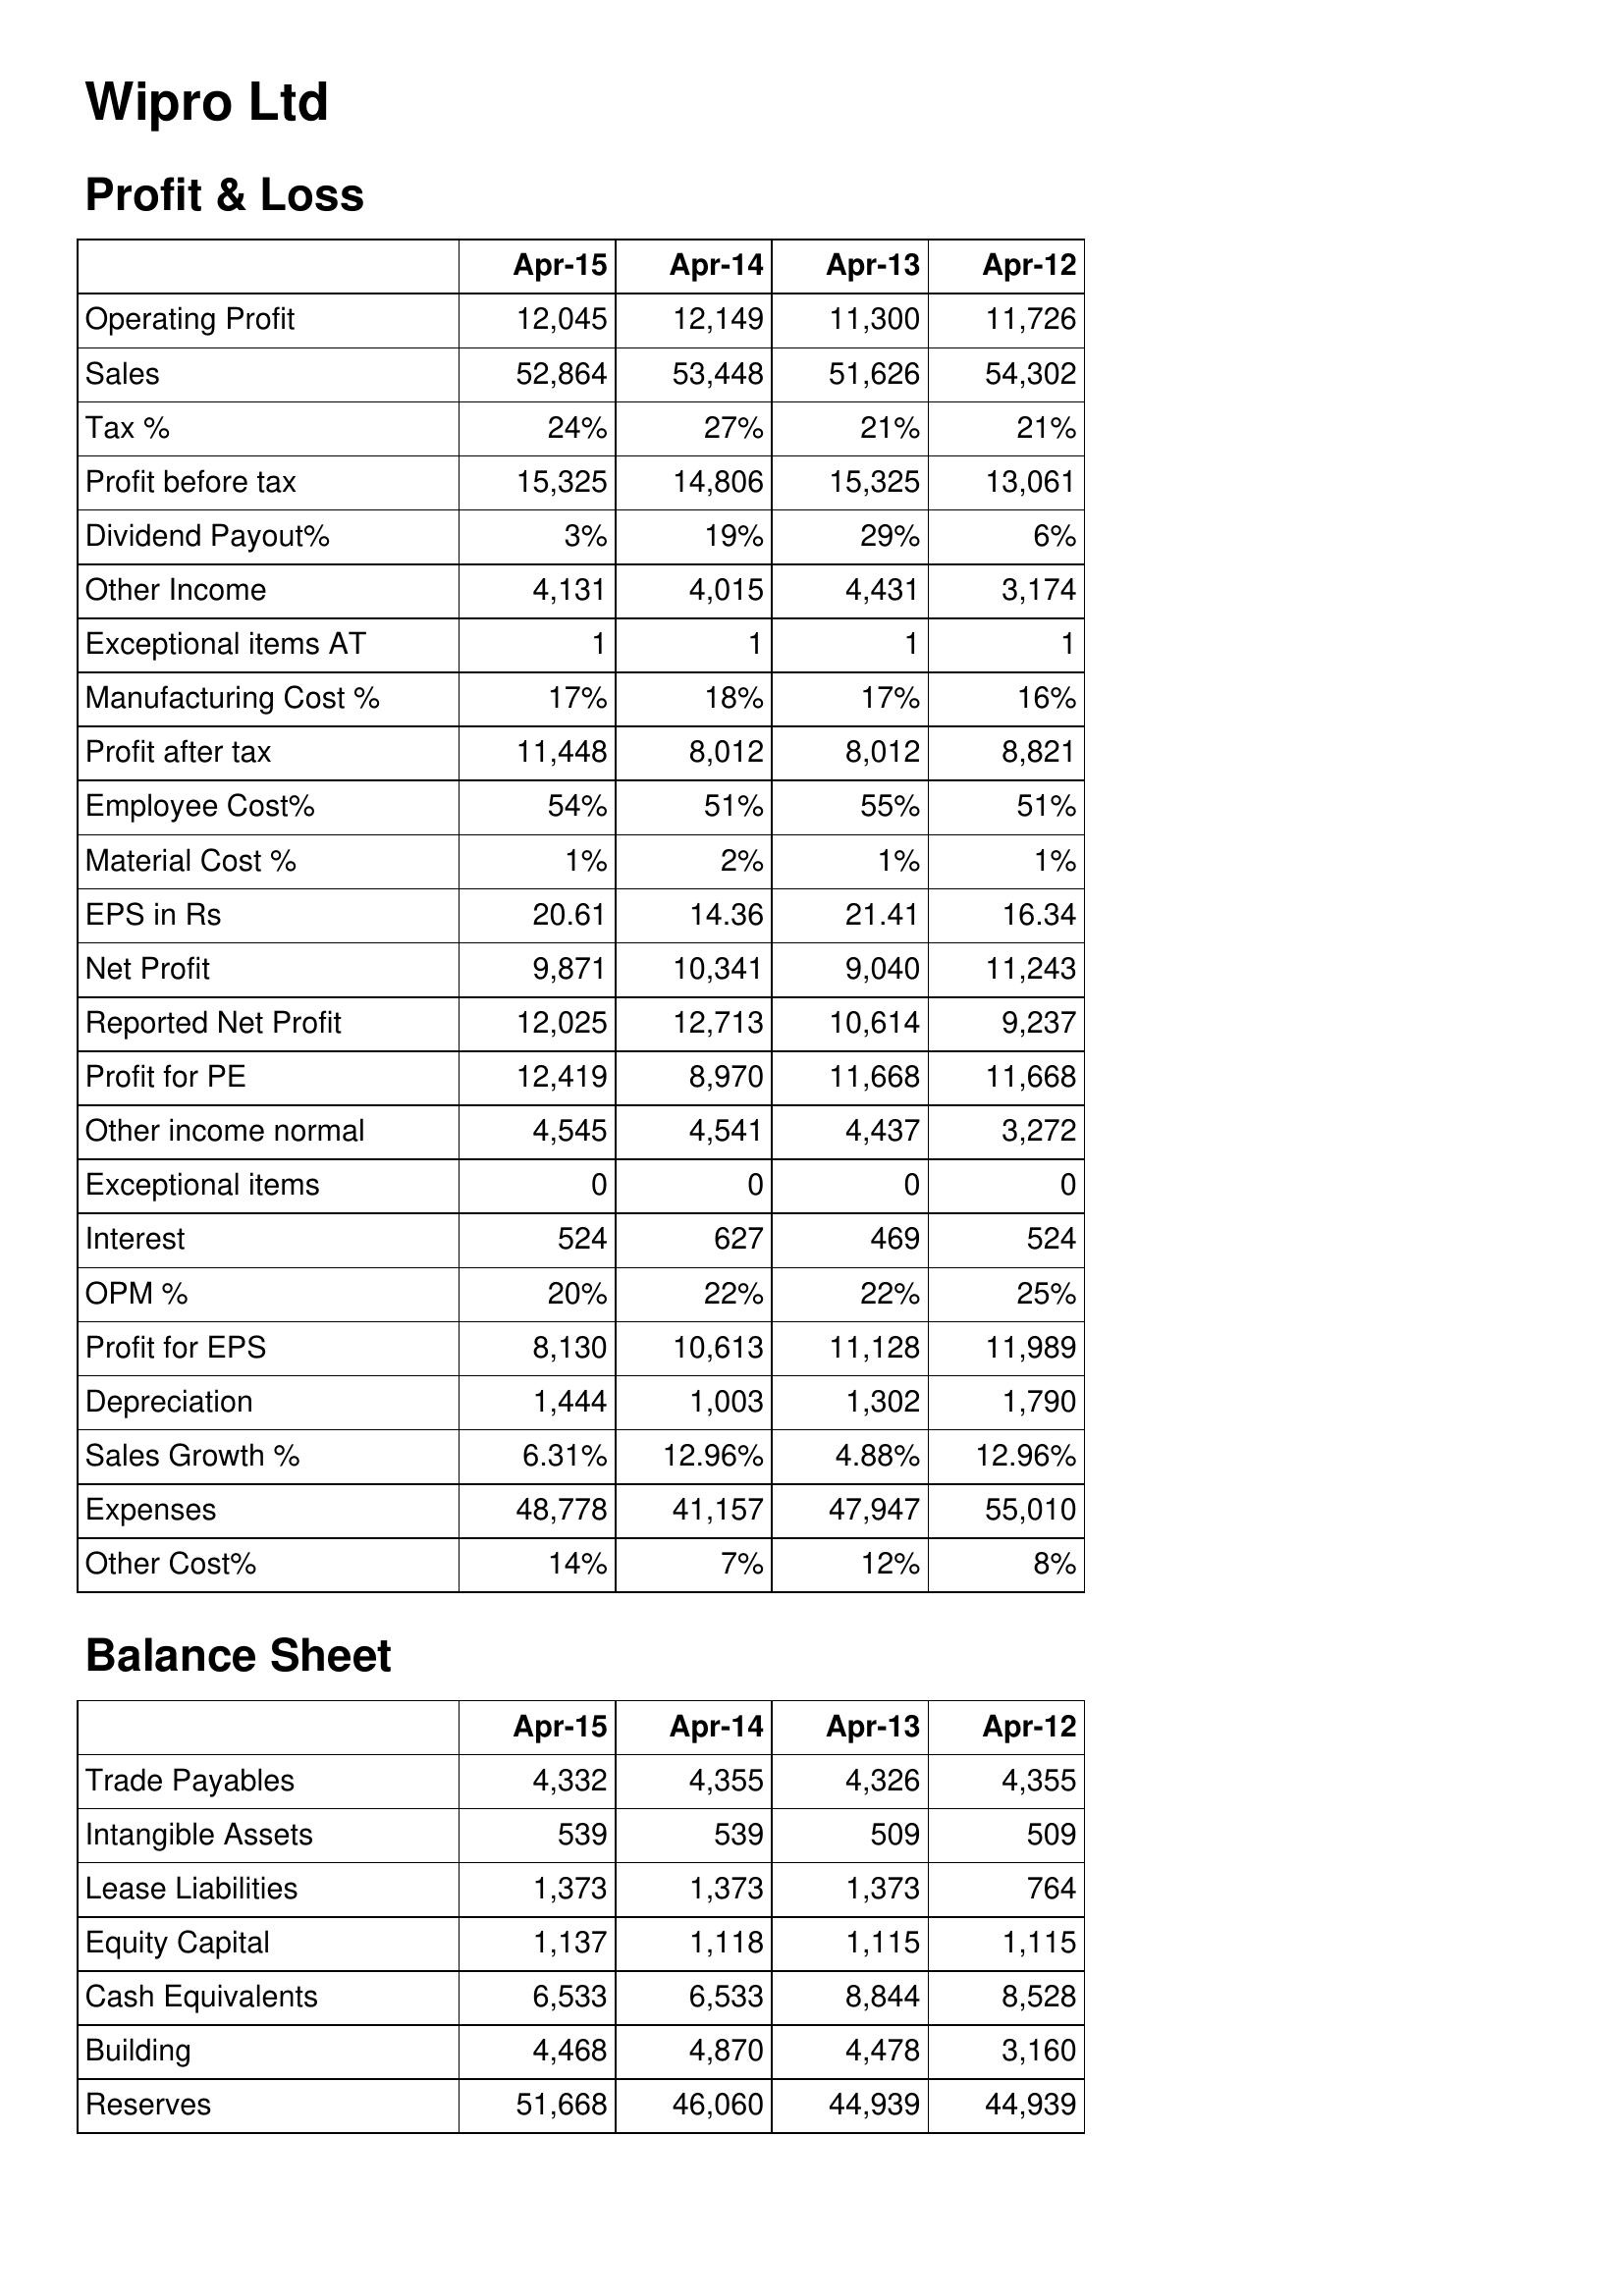
Apr-15: Profit & Loss: Operating Profit: 12,045
Sales: 52,864
Tax %: 24%
Profit before tax: 15,325
Dividend Payout%: 3%
Other Income: 4,131
Exceptional items AT: 1
Manufacturing Cost %: 17%
Profit after tax: 11,448
Employee Cost%: 54%
Material Cost %: 1%
EPS in Rs: 20.61
Net Profit: 9,871
Reported Net Profit: 12,025
Profit for PE: 12,419
Other income normal: 4,545
Exceptional items: 0
Interest: 524
OPM %: 20%
Profit for EPS: 8,130
Depreciation: 1,444
Sales Growth %: 6.31%
Expenses: 48,778
Other Cost%: 14%
Balance Sheet: Trade Payables: 4,332
Intangible Assets: 539
Lease Liabilities: 1,373
Equity Capital: 1,137
Cash Equivalents: 6,533
Building: 4,468
Reserves: 51,668
Apr-14: Profit & Loss: Operating Profit: 12,149
Sales: 53,448
Tax %: 27%
Profit before tax: 14,806
Dividend Payout%: 19%
Other Income: 4,015
Exceptional items AT: 1
Manufacturing Cost %: 18%
Profit after tax: 8,012
Employee Cost%: 51%
Material Cost %: 2%
EPS in Rs: 14.36
Net Profit: 10,341
Reported Net Profit: 12,713
Profit for PE: 8,970
Other income normal: 4,541
Exceptional items: 0
Interest: 627
OPM %: 22%
Profit for EPS: 10,613
Depreciation: 1,003
Sales Growth %: 12.96%
Expenses: 41,157
Other Cost%: 7%
Balance Sheet: Trade Payables: 4,355
Intangible Assets: 539
Lease Liabilities: 1,373
Equity Capital: 1,118
Cash Equivalents: 6,533
Building: 4,870
Reserves: 46,060
Apr-13: Profit & Loss: Operating Profit: 11,300
Sales: 51,626
Tax %: 21%
Profit before tax: 15,325
Dividend Payout%: 29%
Other Income: 4,431
Exceptional items AT: 1
Manufacturing Cost %: 17%
Profit after tax: 8,012
Employee Cost%: 55%
Material Cost %: 1%
EPS in Rs: 21.41
Net Profit: 9,040
Reported Net Profit: 10,614
Profit for PE: 11,668
Other income normal: 4,437
Exceptional items: 0
Interest: 469
OPM %: 22%
Profit for EPS: 11,128
Depreciation: 1,302
Sales Growth %: 4.88%
Expenses: 47,947
Other Cost%: 12%
Balance Sheet: Trade Payables: 4,326
Intangible Assets: 509
Lease Liabilities: 1,373
Equity Capital: 1,115
Cash Equivalents: 8,844
Building: 4,478
Reserves: 44,939
Apr-12: Profit & Loss: Operating Profit: 11,726
Sales: 54,302
Tax %: 21%
Profit before tax: 13,061
Dividend Payout%: 6%
Other Income: 3,174
Exceptional items AT: 1
Manufacturing Cost %: 16%
Profit after tax: 8,821
Employee Cost%: 51%
Material Cost %: 1%
EPS in Rs: 16.34
Net Profit: 11,243
Reported Net Profit: 9,237
Profit for PE: 11,668
Other income normal: 3,272
Exceptional items: 0
Interest: 524
OPM %: 25%
Profit for EPS: 11,989
Depreciation: 1,790
Sales Growth %: 12.96%
Expenses: 55,010
Other Cost%: 8%
Balance Sheet: Trade Payables: 4,355
Intangible Assets: 509
Lease Liabilities: 764
Equity Capital: 1,115
Cash Equivalents: 8,528
Building: 3,160
Reserves: 44,939